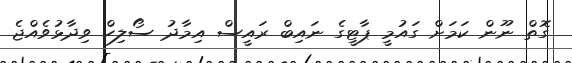
ގޮތް ނޫން ކަމަށް ގައުމީ ޕާޓީގެ ނައިބް ރައީސް އިމާދު ސޯލިހް ވިދާޅުވެއްޖެ